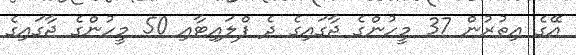
އޭގެ އިތުރުން 37 މީހުންގެ ޖާގައިގެ ދެ ފްލައިޓާއި 50 މީހުންގެ ޖާގައިގެ